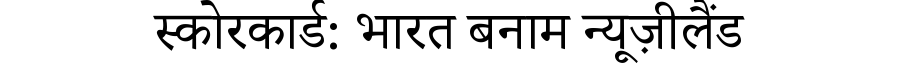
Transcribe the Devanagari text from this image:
स्कोरकार्ड: भारत बनाम न्यूज़ीलैंड